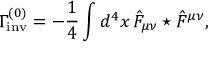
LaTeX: \Gamma _ { \mathrm { i n v } } ^ { ( 0 ) } = - \frac { 1 } { 4 } \int d ^ { 4 } x \, \hat { F } _ { \mu \nu } \star \hat { F } ^ { \mu \nu } ,